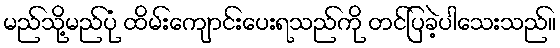
မည်သို့မည်ပုံ ထိမ်းကျောင်းပေးရသည်ကို တင်ပြခဲ့ပါသေးသည်။